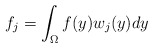
\begin{align*}f_j =\int_{\Omega}f(y)w_j(y)dy\end{align*}